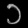
Digit: ၁